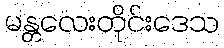
မန္တလေးတိုင်းဒေသ